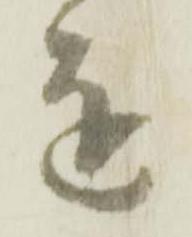
達